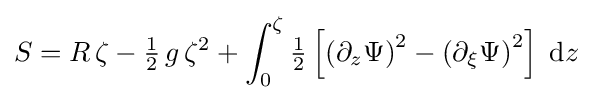
S=R\,\zeta -{\tfrac {1}{2}}\,g\,\zeta ^{2}+\int _{0}^{\zeta }{\tfrac {1}{2}}\left[\left(\partial _{z}\Psi \right)^{2}-\left(\partial _{\xi }\Psi \right)^{2}\right]\;{\text{d}}z